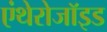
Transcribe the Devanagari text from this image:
एंथेरोजॉइड